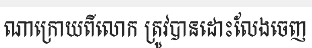
ណាក្រោយពីលោក ត្រូវបានដោះលែងចេញ